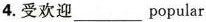
4.受欢迎___popular